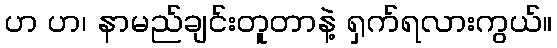
ဟ ဟ၊ နာမည်ချင်းတူတာနဲ့ ရှက်ရလားကွယ်။